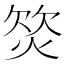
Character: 𣣛